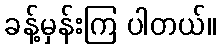
ခန့်မှန်းကြ ပါတယ်။